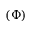
( \Phi )